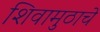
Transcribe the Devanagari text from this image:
शिवामुठाचे